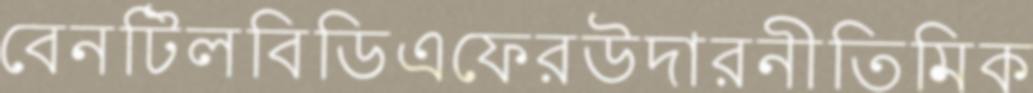
বেনটিলবিডিএফেরউদারনীতিমিক